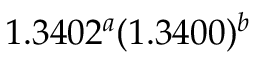
1 . 3 4 0 2 ^ { a } ( 1 . 3 4 0 0 ) ^ { b }